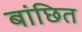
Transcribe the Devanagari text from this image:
बांछित